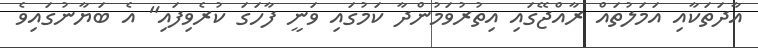
އާދަތަކާއި އަމަލުތައް ރާއްޖޭގައި އިތުރުވަމުންދާ ކަމުގައި ވަނީ ފާހަގަ ކުރެވިފައި" އެ ބަޔާނުގައިވެ